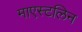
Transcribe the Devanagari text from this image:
माएस्टलिन